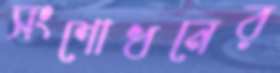
সংশোধনের